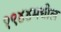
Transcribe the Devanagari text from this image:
१९४४मधील